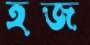
হজ